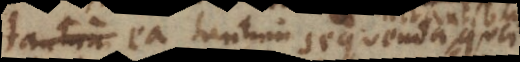
virtutem, ea tantum sequenda quae